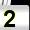
Digit: 2